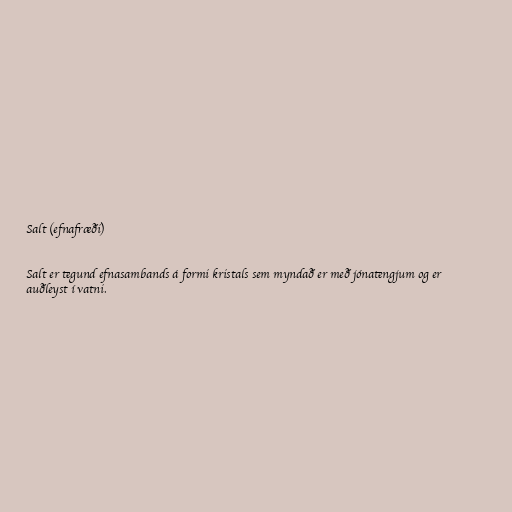
Salt (efnafræði)

Salt er tegund efnasambands á formi kristals sem myndað er með jónatengjum og er
auðleyst í vatni.